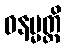
ဓနမ္မတ္ထိ